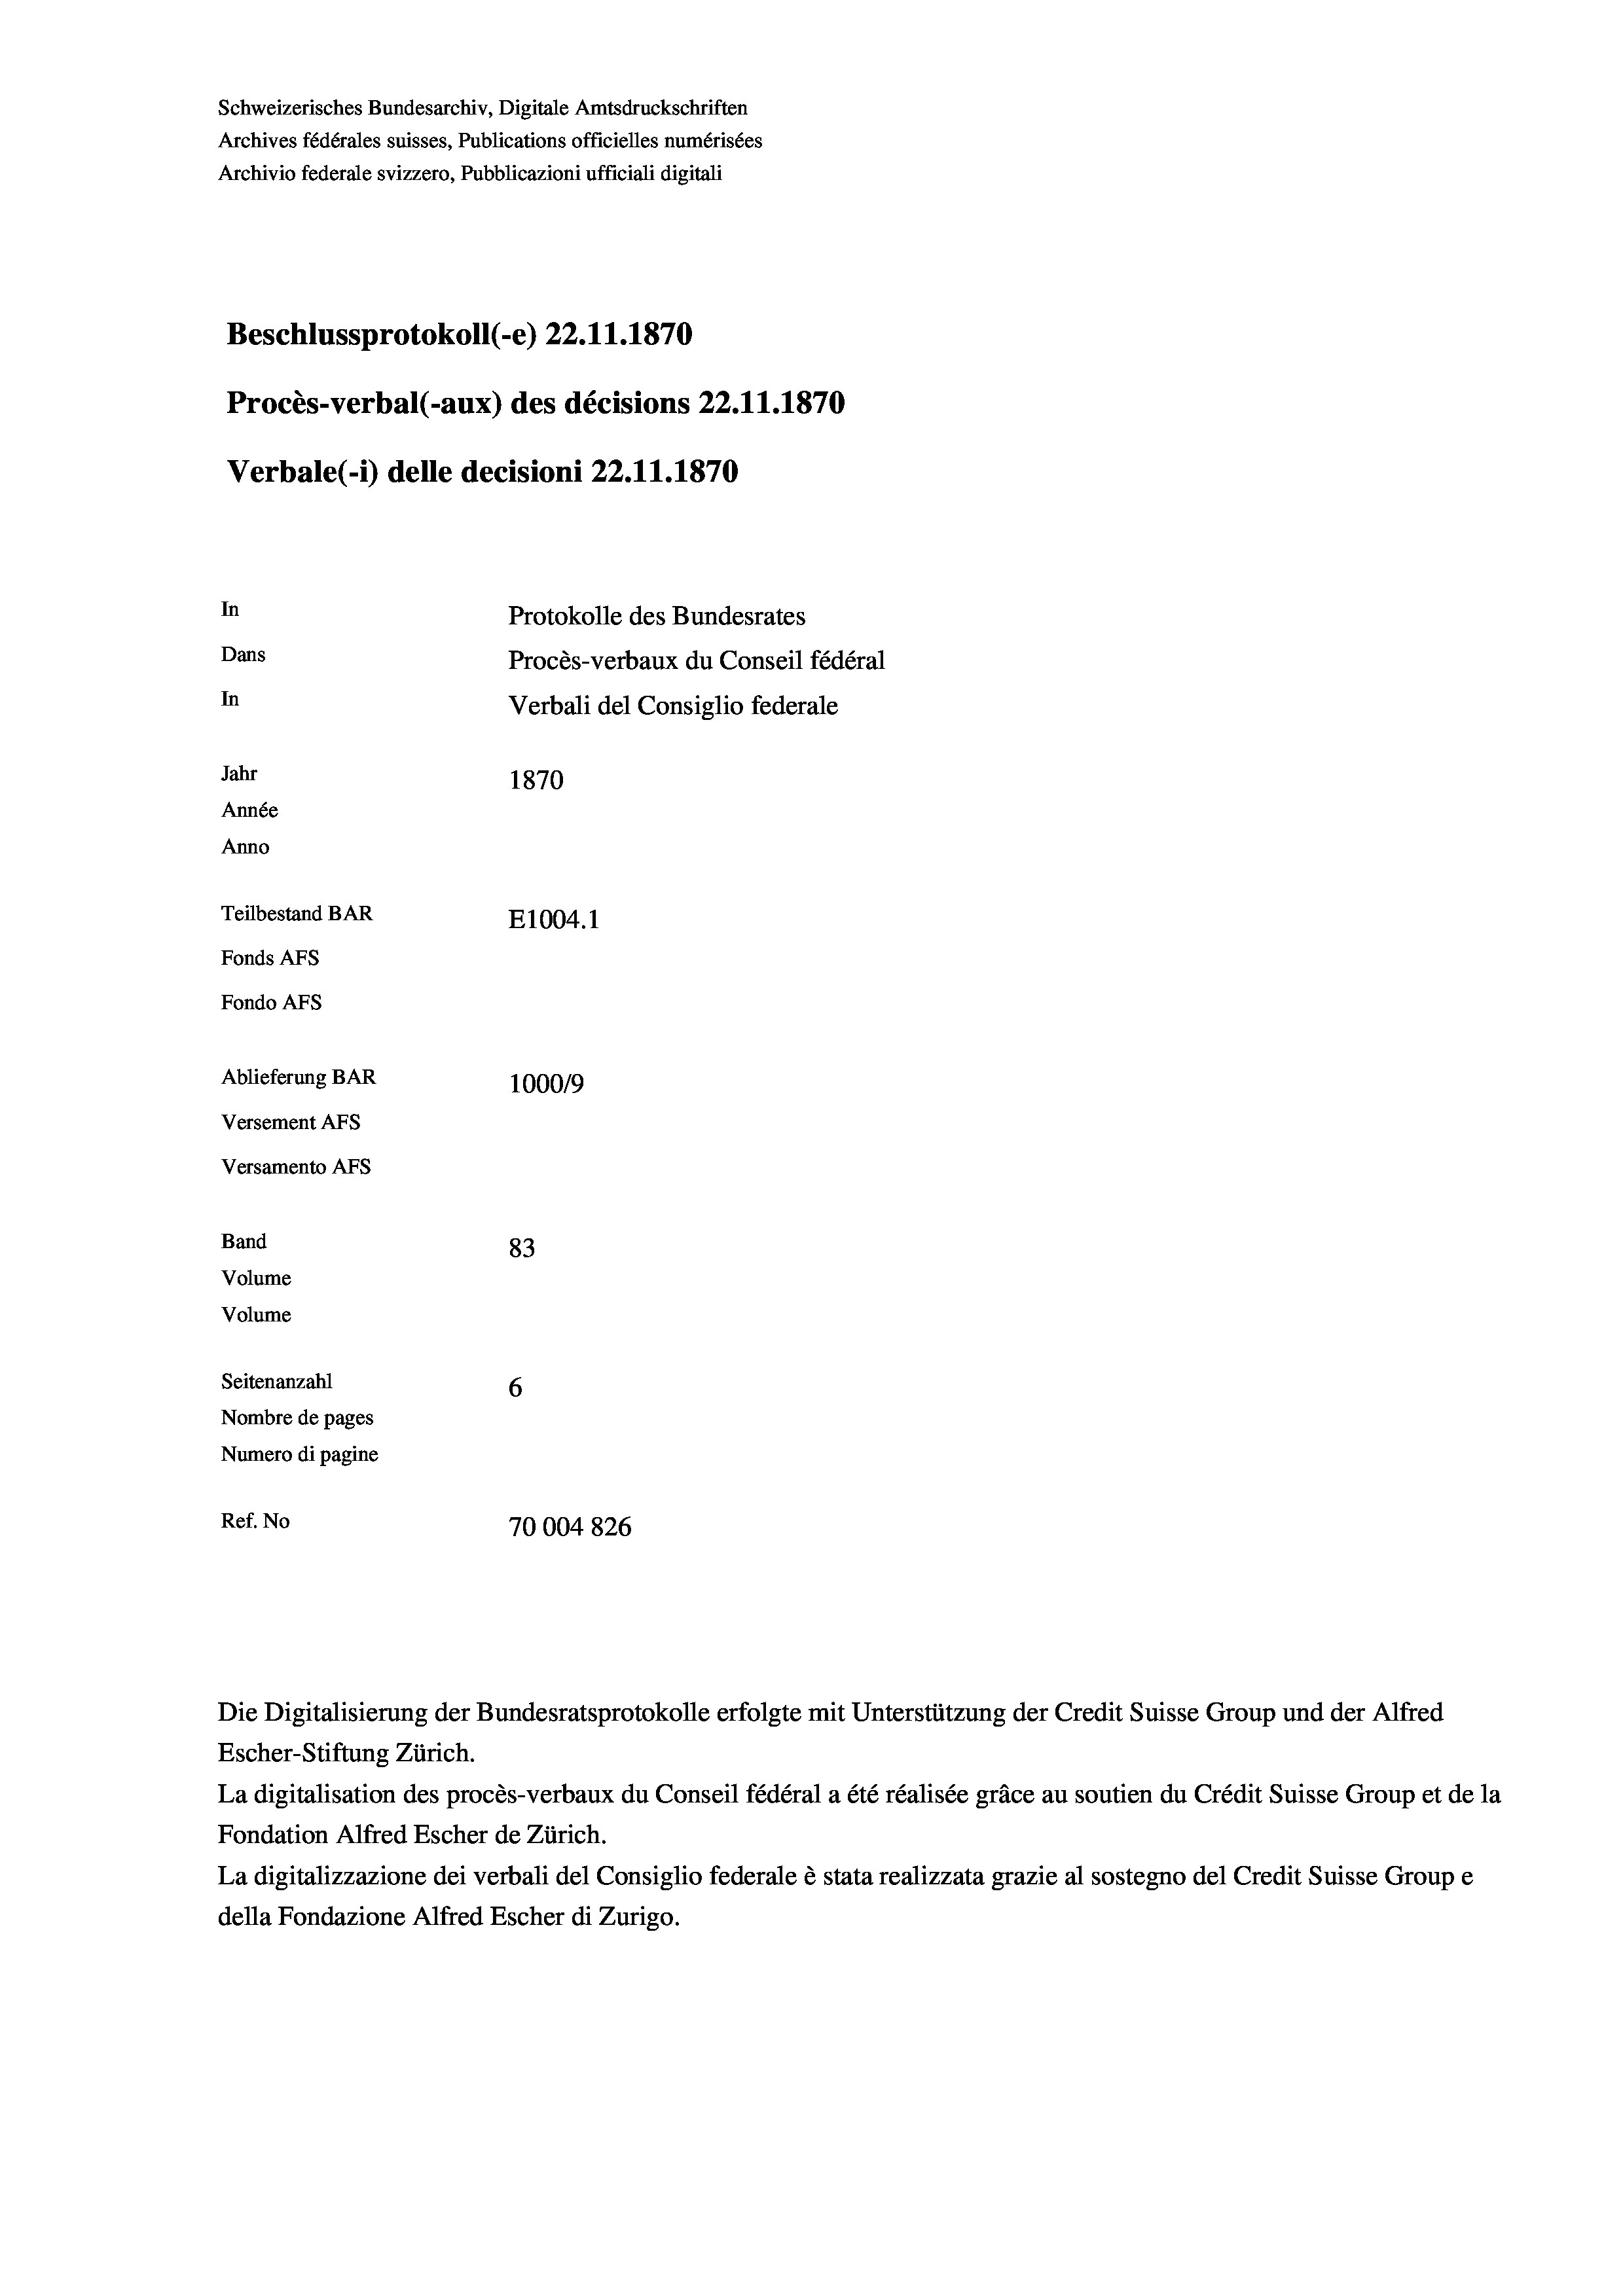
Schweizerisches Bundesarchiv, Digitale Amtsdruckschriften
Archives fédérales suisses, Publications officielles numérisées
Archivio federale svizzero, Pubblicazioni ufficiali digitali
Beschlussprotokoll (-e) 22.11.1870
Procès-verbal (-aux) des décisions 22.11.1870
Verbale (- 1) delle decisioni 22.11.1870
In
Protokolle des Bundesrates
Dans
Procès-verbaux du Conseil fédéral
In
Verbali del Consiglio federale
Jahr
1870
Année
Anno
Teilbestand BAR
E1004.1
Fonds Afs
Fondo AFs
Ablieferung BAR
100019
Versement Abs
Versamento Afs
Band
83
Volume
Volume
Seitenanzahl
6
Nombre de pages
Numero di pagine

Ref. No
70004 826

Die Digitalisierung der Bundesratsprotokolle erfolgte mit Unterstützung der Credit Suisse Group und der Alfred
Escher-Stiftung Zürich.
La digitalisation des procès-verbaux du Conseil fédéral a été réalisée gräce au soutien du Crédit Suisse Group et de la
Fondation Alfred Escher de Zürich.
La digitalizzazione dei verbali del Consiglio federale è stata realizzata grazie al sostegno del Credit Suisse Groupe
della Fondazione Alfred Escher di Zurigo.